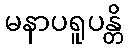
မနာပရူပန္တိ